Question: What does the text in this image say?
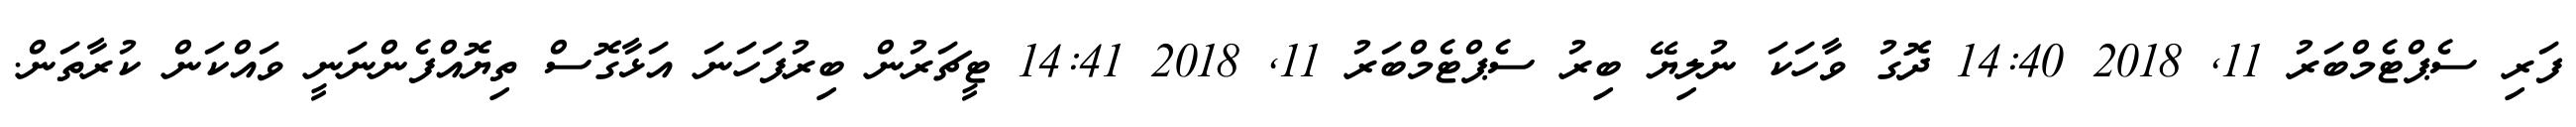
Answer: ފަރި ސެޕްޓެމްބަރު 11, 2018 14:40 ދޮގު ވާހަކަ ނުލިޔޭ ބިރު ސެޕްޓެމްބަރު 11, 2018 14:41 ޓީޗަރުން ބިރުފަހަނަ އަޅާގޮސް ތިޔޮއްފެންނަނީ ވައްކަން ކުރާތަން.